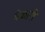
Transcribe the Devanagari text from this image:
यंकारी